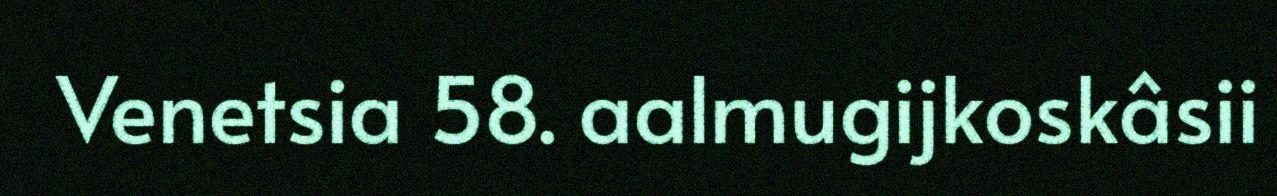
Venetsia 58. aalmugijkoskâsii